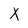
Character: X